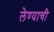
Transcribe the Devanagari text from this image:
लेण्याची